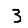
Digit: 3